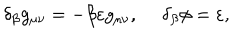
LaTeX: \delta _ { \beta } g _ { \mu \nu } = - \beta \varepsilon g _ { \mu \nu } , \ \delta _ { \beta } \phi = \varepsilon ,